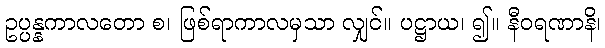
ဥပ္ပန္နကာလတော စ၊ ဖြစ်ရာကာလမှသာ လျှင်။ ပဋ္ဌာယ၊ ၍။ နီဝရဏာနိ၊